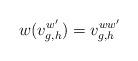
LaTeX: \begin{align*}w(v_{g,h}^{w'})=v_{g,h}^{ww'}\end{align*}